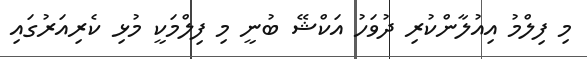
މި ފިލްމު އިއުލާންކުރި ދުވަހު އަކްޝޭ ބުނީ މި ފިލްމަކީ މުޅި ކެރިއަރުގައި